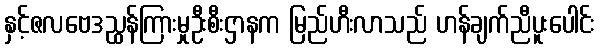
နှင့်ဇလဗေဒညွှန်ကြားမှုဦးစီးဌာနက မြည်ဟီးလာသည် ဟန်ချက်ညီပူးပေါင်း